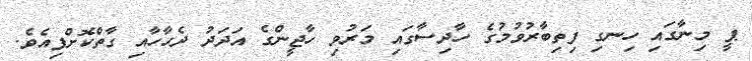
ޕީ މިނާގައި ހިނގި ފިތިބާރުވުމުގެ ހާދިސާގައި މަރުވި ހާޖީންގެ އަދަދު ދެހާހާއި ގާތްކޮށްފިއެވެ.